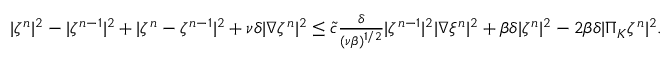
\begin{array} { r } { | \zeta ^ { n } | ^ { 2 } - | \zeta ^ { n - 1 } | ^ { 2 } + | \zeta ^ { n } - \zeta ^ { n - 1 } | ^ { 2 } + \nu \delta | \nabla \zeta ^ { n } | ^ { 2 } \leq \tilde { c } \frac { \delta } { ( \nu \beta ) ^ { 1 / 2 } } | \zeta ^ { n - 1 } | ^ { 2 } | \nabla \xi ^ { n } | ^ { 2 } + \beta \delta | \zeta ^ { n } | ^ { 2 } - 2 \beta \delta | \Pi _ { K } \zeta ^ { n } | ^ { 2 } . } \end{array}